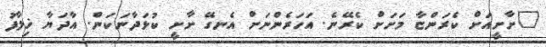
"ށާށީއަށް ކެރަންޏާ މަށަށް ކެރޭނެ. އަހަރެންނަށް އެނގޭ ށާށީ ކުޅަދާނަކަން. އާދަޔާ ޚިލާފު